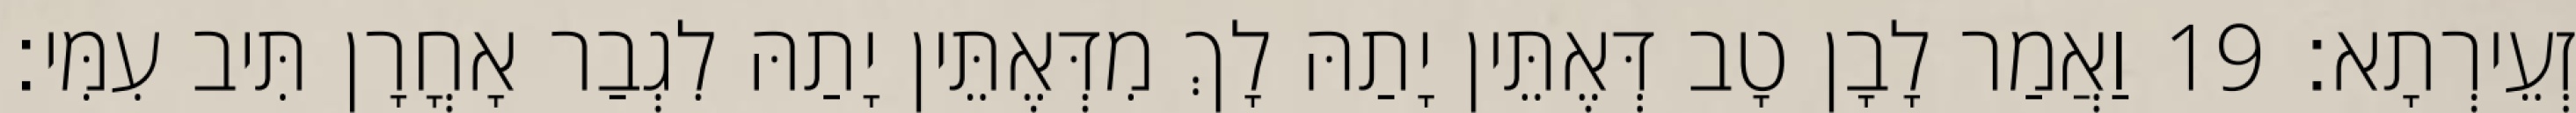
זְעֵירְתָא׃ 19 וַאֲמַר לָבָן טָב דְּאֶתֵּין יָתַהּ לָךְ מִדְּאֶתֵּין יָתַהּ לִגְבַר אָחֳרָן תִּיב עִמִּי׃